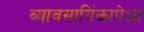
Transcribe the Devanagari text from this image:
व्यावसायिंकापेक्षा